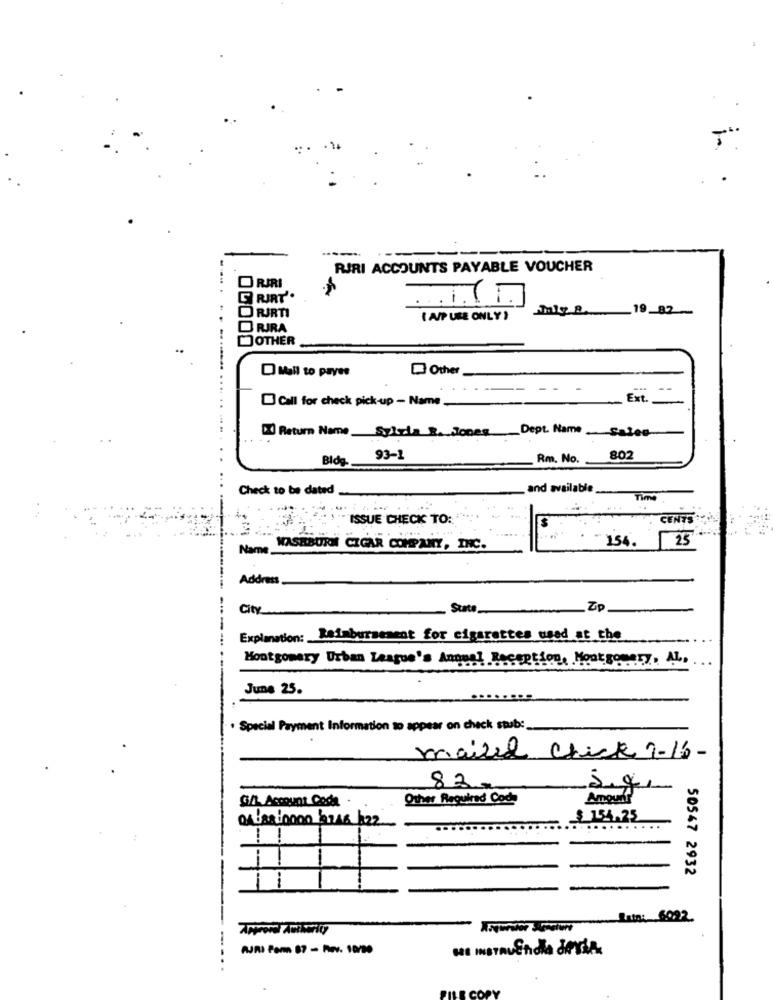
-----
----
RIRI ACCOUNTS PAYABLE VOUCHER
ORARI
--
O RIRTI
mly 2.19_82-
( AIP USE ONLY )
O RIRA
OTHER
Mall to payes
Other
-- -- -
Call for check pick-up - Name
Ext.
Return Name Syltda Ro Jones_ Dept. Name _ Sales
Bldg.
93-1
Rm. No.
802
Check to be dated
_ and available
Time
ISSUE CHECK TO:
IS
CENTS
154.
25
Name,
WASHBURN CICAR COMPANY, INC.
Address.
City
State_
Zp
Explanation: Reimbursement for cigarettes used at the
Montgomery Urban League's Annual Reception, Montgomery, AL,
June 25.
· Special Payment Information to appear on check stub:
mailed Check 1-16-
83.
G/L Account Code
Other Required Cod.
Amount
$154.25
50547 2932
Data: 6022.